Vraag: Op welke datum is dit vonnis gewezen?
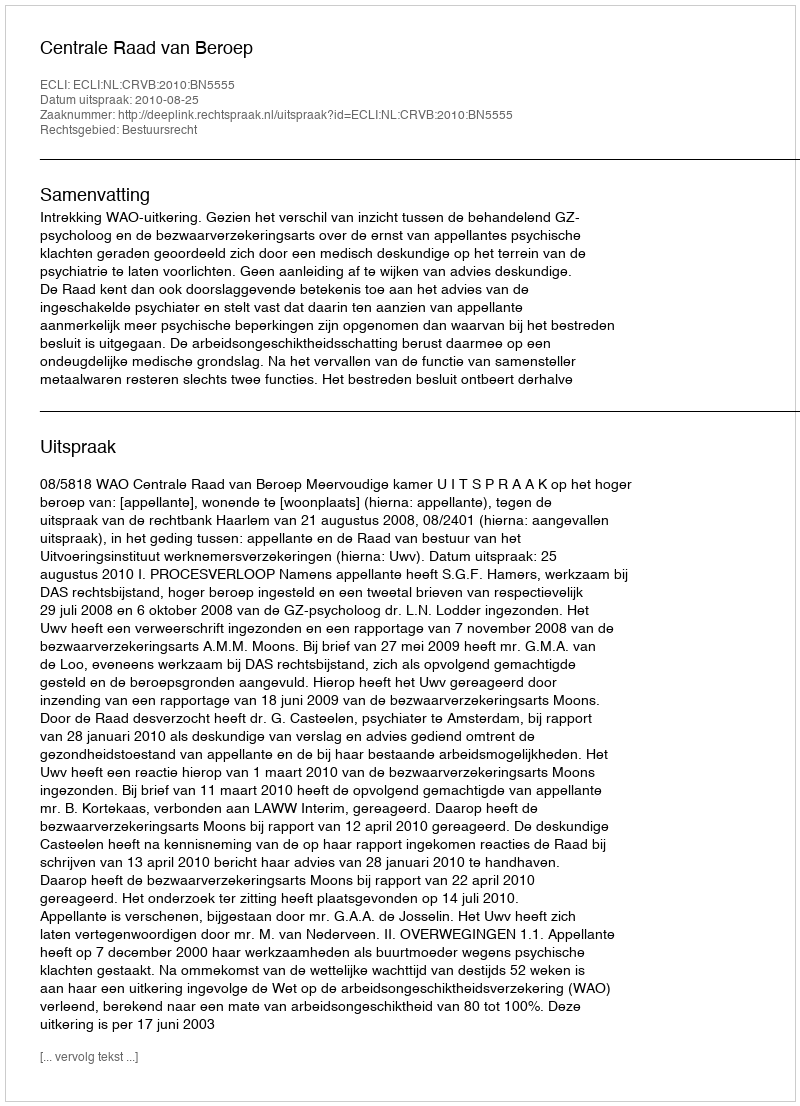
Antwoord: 2010-08-25